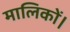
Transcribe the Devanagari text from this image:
मालिकों।